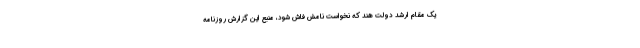
یک مقام ارشد دولت هند که نخواست نامش فاش شود، منبع این گزارش روزنامه